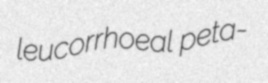
leucorrhoeal peta-